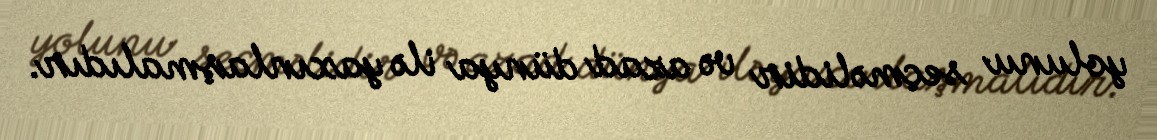
yolunu seçməlidir və azad dünya ilə yaxınlaşmalıdır.